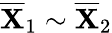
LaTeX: \overline{{\mathbf{X}}}_{1}\sim\overline{{\mathbf{X}}}_{2}